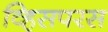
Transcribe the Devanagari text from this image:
व्हिसपरस